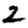
Digit: 2